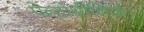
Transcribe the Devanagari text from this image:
पेन्टोथीनिक